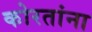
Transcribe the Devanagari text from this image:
कोरतांना